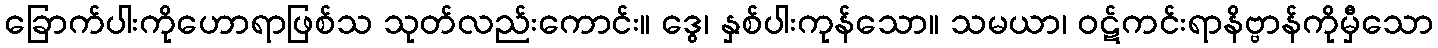
ခြောက်ပါးကိုဟောရာဖြစ်သ သုတ်လည်းကောင်း။ ဒွေ၊ နှစ်ပါးကုန်သော။ သမယာ၊ ဝဋ်ကင်းရာနိဗ္ဗာန်ကိုမှီသော